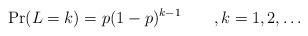
LaTeX: \begin{align*}\Pr(L=k)=p(1-p)^{k-1}\qquad,k=1,2,\ldots\end{align*}